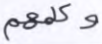
وكلمهم